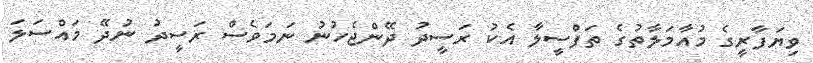
ވިޔަފާރީގެ މުއާމަލާތުގެ ތަފްސީލާ އެކު ރަސީދު ދޭންޖެހުނު ނަމަވެސް ރަސީދު ނުދޭ މައްސަލަ